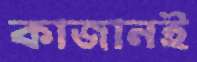
কাজানই